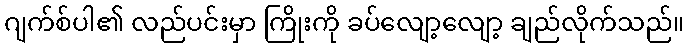
ဂျက်စ်ပါ၏ လည်ပင်းမှာ ကြိုးကို ခပ်လျော့လျော့ ချည်လိုက်သည်။